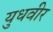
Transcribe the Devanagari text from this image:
युधवीर